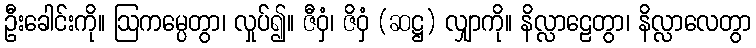
ဦးခေါင်းကို။ ဩကမ္ပေတွာ၊ လှုပ်၍။ ဇီဝှံ၊ ဇိဝှံ (ဆဋ္ဌ) လျှာကို။ နိလ္လာဠေတွာ၊ နိလ္လာလေတွာ